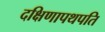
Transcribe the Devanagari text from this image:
दक्षिणापथपति